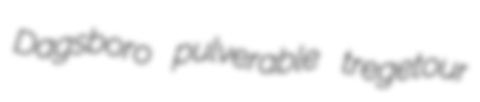
Dagsboro pulverable tregetour